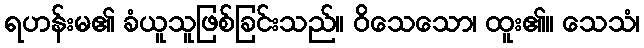
ရဟန်းမ၏ ခံယူသူဖြစ်ခြင်းသည်။ ဝိသေသော၊ ထူး၏။ သေသံ၊